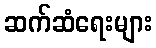
ဆက်ဆံရေးများ